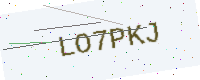
Text: LO7PKJ